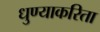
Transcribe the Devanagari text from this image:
धुण्याकरिता